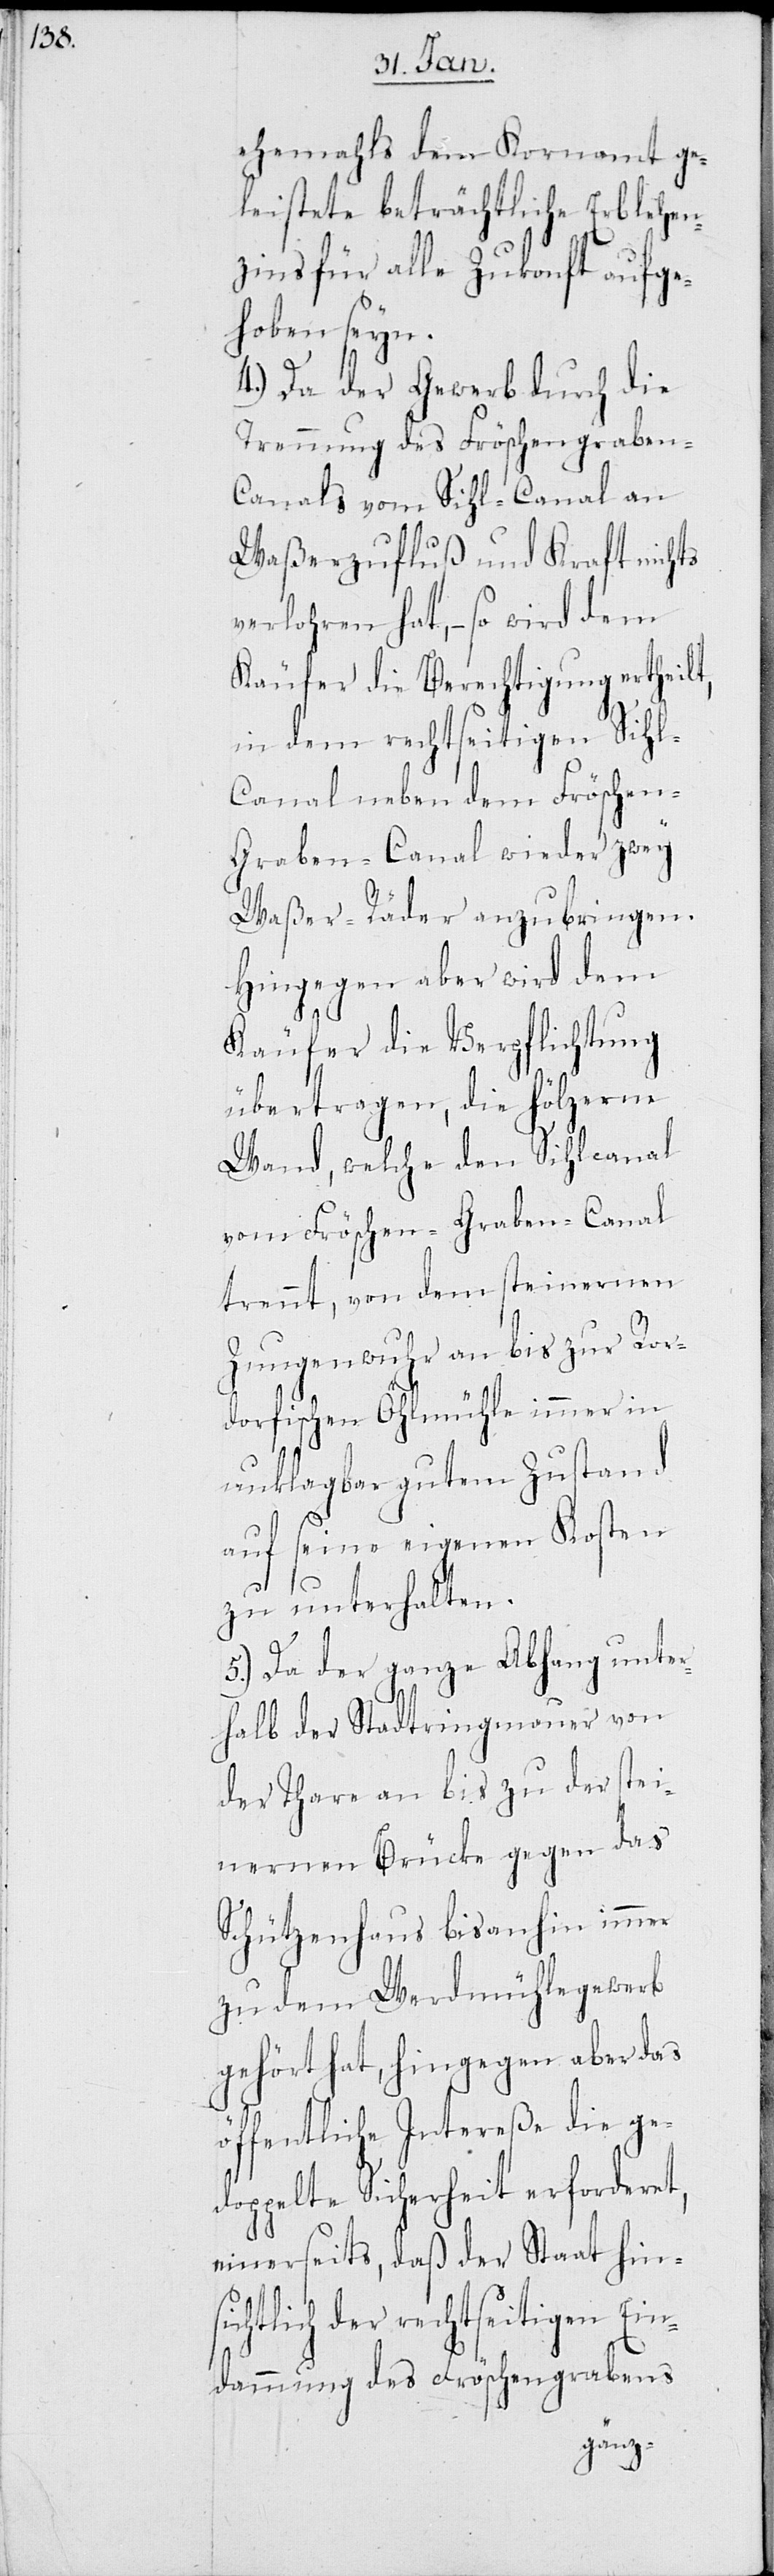
ehemahls dem Kornamt ge¬
leistete beträchtliche Erblehen¬
zins für alle Zukonft aufge¬
hoben seyn.
4.) Da der Gewerb durch die
Trennung des Fröschengraben-C¬
anals vom Sihl-Canal an
Waßerzufluß und Kraft nichts
verlohren hat, – so wird dem
Käufer die Berechtigung ertheilt,
in dem rechtseitigen Sihl-C¬
anal neben dem Fröschen-G¬
raben-Canal wieder zwey
Waßer-Räder anzubringen.
Hingegen aber wird dem
Käufer die Verpflichtung
übertragen, die hölzerne
Wand, welche den Sihlcanal
vom Fröschen-Graben-Canal
trennt, von dem steinernen
Zungenwuhr an bis zur Ror¬
dorfischen Öhlmühle immer in
unklagbar gutem Zustand
auf seine eigene Kosten
zu unterhalten.
5.) Da der ganze Abhang unter¬
halb der Stadtringmauer von
der Thare bis zu der stei¬
nernen Brücke gegen das
Schützenhaus bis anhin
zu dem Werdmühlegewerb
gehört hat, hingegen aber das
öffentliche Intereße die ge¬
doppelte Sicherheit erforderet,
einerseits, daß der Staat hins¬
ichtlich der rechtseitigen Ein¬
dammung des Fröschengrabens